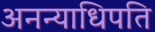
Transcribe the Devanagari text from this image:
अनन्याधिपति